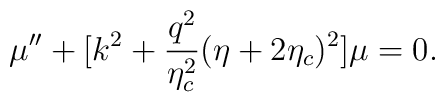
\mu''+[k^2 + \frac{q^2}{\eta_c^2}(\eta +2\eta_c)^2]\mu=0.